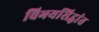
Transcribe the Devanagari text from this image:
विभयसिद्धांत